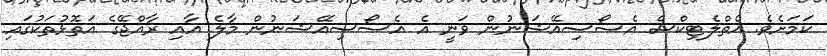
ކަމަށެވެ. އެތްލެޓިކްސް އެސޯސިއޭޝަނުން ވަނީ އެ އެސޯސިއޭޝަނުން މާލެ އާއި ރާއްޖޭގެ އަތޮޅުތަކުގައި